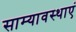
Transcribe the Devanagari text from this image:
साम्यावस्थाएं